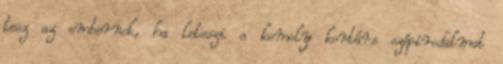
tesz az embernek, ha leteszi a komoly kortárs szépirodalmat